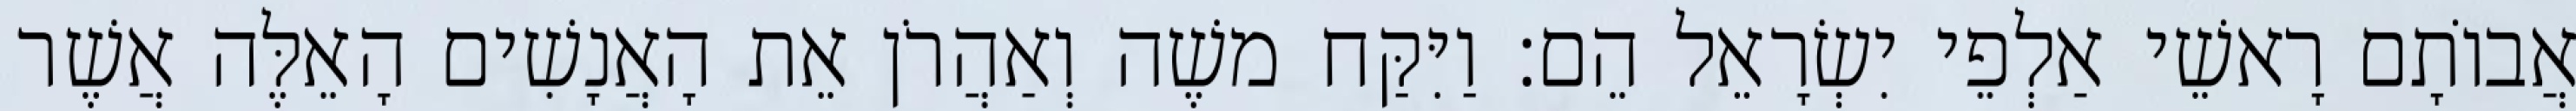
אֲבוֹתָם רָאשֵׁי אַלְפֵי יִשְׂרָאֵל הֵם׃ וַיִּקַּח משֶׁה וְאַהֲרֹן אֵת הָאֲנָשִׁים הָאֵלֶּה אֲשֶׁר